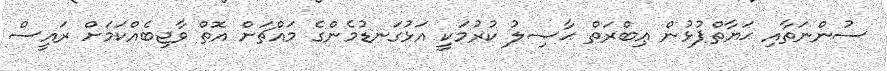
ސުންނަތާއި ޙަޔާތްޕުޅުން ޢިބްރަތް ޙާޞިލު ކުރުމަކީ އަޅުގަނޑުމެންގެ މައްޗަށް އޮތް ވާޖިބެއްކަމަށް ރައީސް